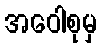
အဝေါစုမှ